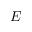
E